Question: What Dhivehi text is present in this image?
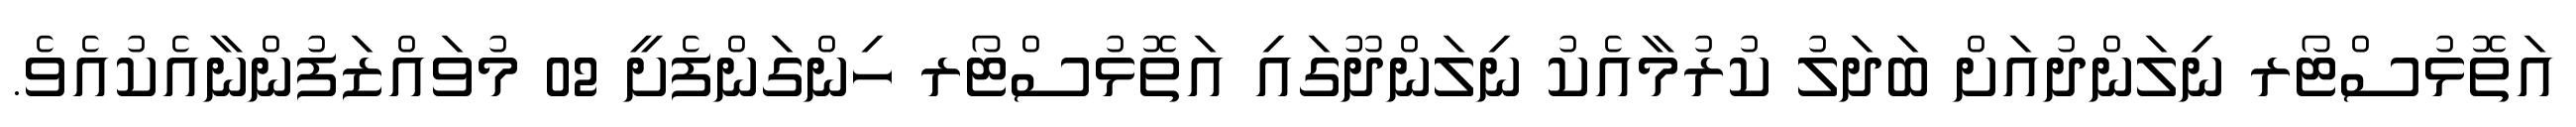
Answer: އަތޮޅުސްޓޯރ ނިލަންދުއަށް ބަދަލު ކުރުމާއެކު ނިލަންދޫގައި އަތޮޅުސްޓޯރ ހިންގަންފެށީ 02 މުވައްޒަފުންނާއެކުއެވެ.